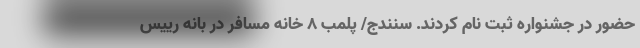
حضور در جشنواره ثبت نام کردند. سنندج/ پلمب 8 خانه مسافر در بانه رییس